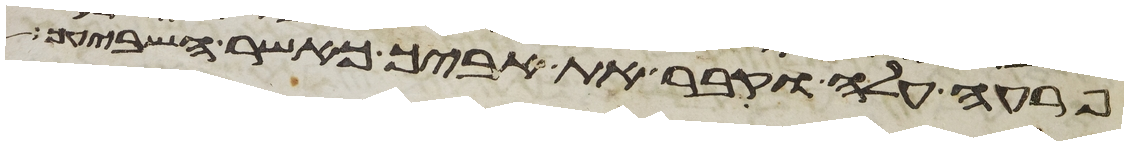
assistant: פרעה עלה וקבר את אביך כאשר השביעך